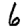
Digit: 6